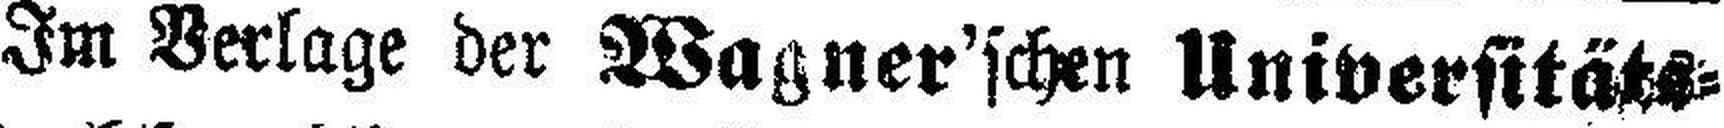
Im Verlage der Wagner'schen Universitäts=